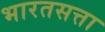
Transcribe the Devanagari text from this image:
भारतसत्ता